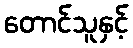
တောင်သူနှင့်